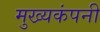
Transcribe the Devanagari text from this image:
मुख्यकंपनी